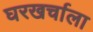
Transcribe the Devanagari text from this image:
घरखर्चाला